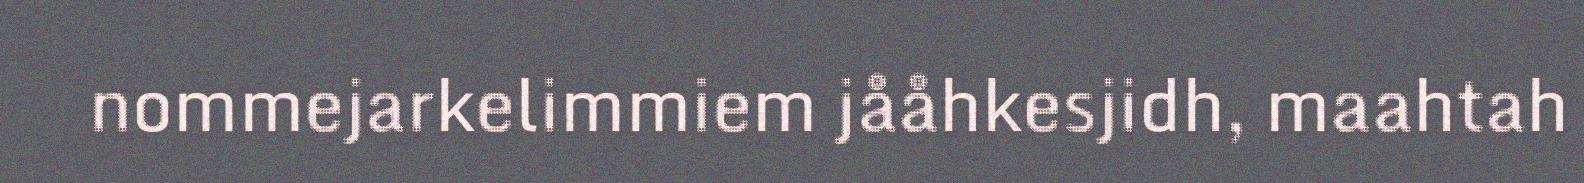
nommejarkelimmiem jååhkesjidh, maahtah